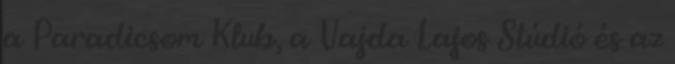
a Paradicsom Klub, a Vajda Lajos Stúdió és az